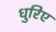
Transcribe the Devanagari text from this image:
धुरिए